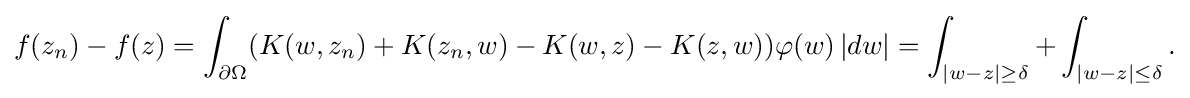
\displaystyle {f(z_{n})-f(z)=\int _{\partial \Omega }(K(w,z_{n})+K(z_{n},w)-K(w,z)-K(z,w))\varphi (w)\,|dw|=\int _{|w-z|\geq \delta }+\int _{|w-z|\leq \delta }.}